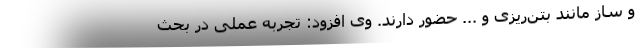
و ساز مانند بتن‌ریزی و ... حضور دارند. وی افزود: تجربه عملی در بحث